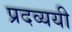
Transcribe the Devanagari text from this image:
प्रदव्ययी